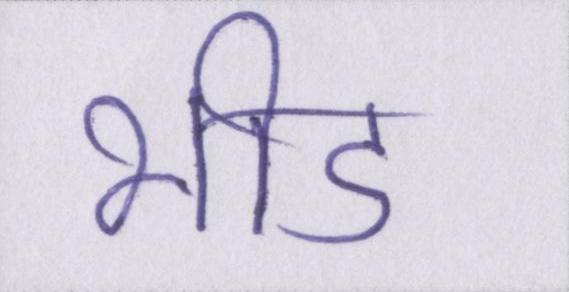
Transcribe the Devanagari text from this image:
भीड